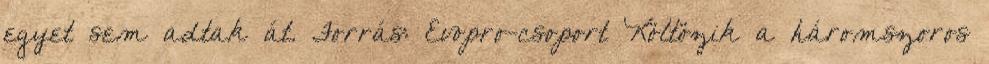
egyet sem adtak át. Forrás: Evopro-csoport Költözik a háromszoros